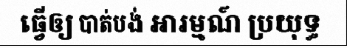
ធ្វើឲ្យ បាត់បង់ អារម្មណ៍ ប្រយុទ្ធ